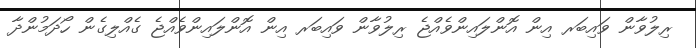
ރިލުވާން ވައިބަރ އިން އޮންލައިންވެއްޖެ ރިލުވާން ވައިބަރ އިން އޮންލައިންވެއްޖެ ގެއްލިގެން ހޯދަމުންދާ